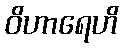
ဝိဟာရေဟိ